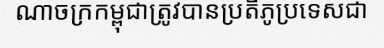
ណាចក្រកម្ពុជាត្រូវបានប្រតិភូប្រទេសជា